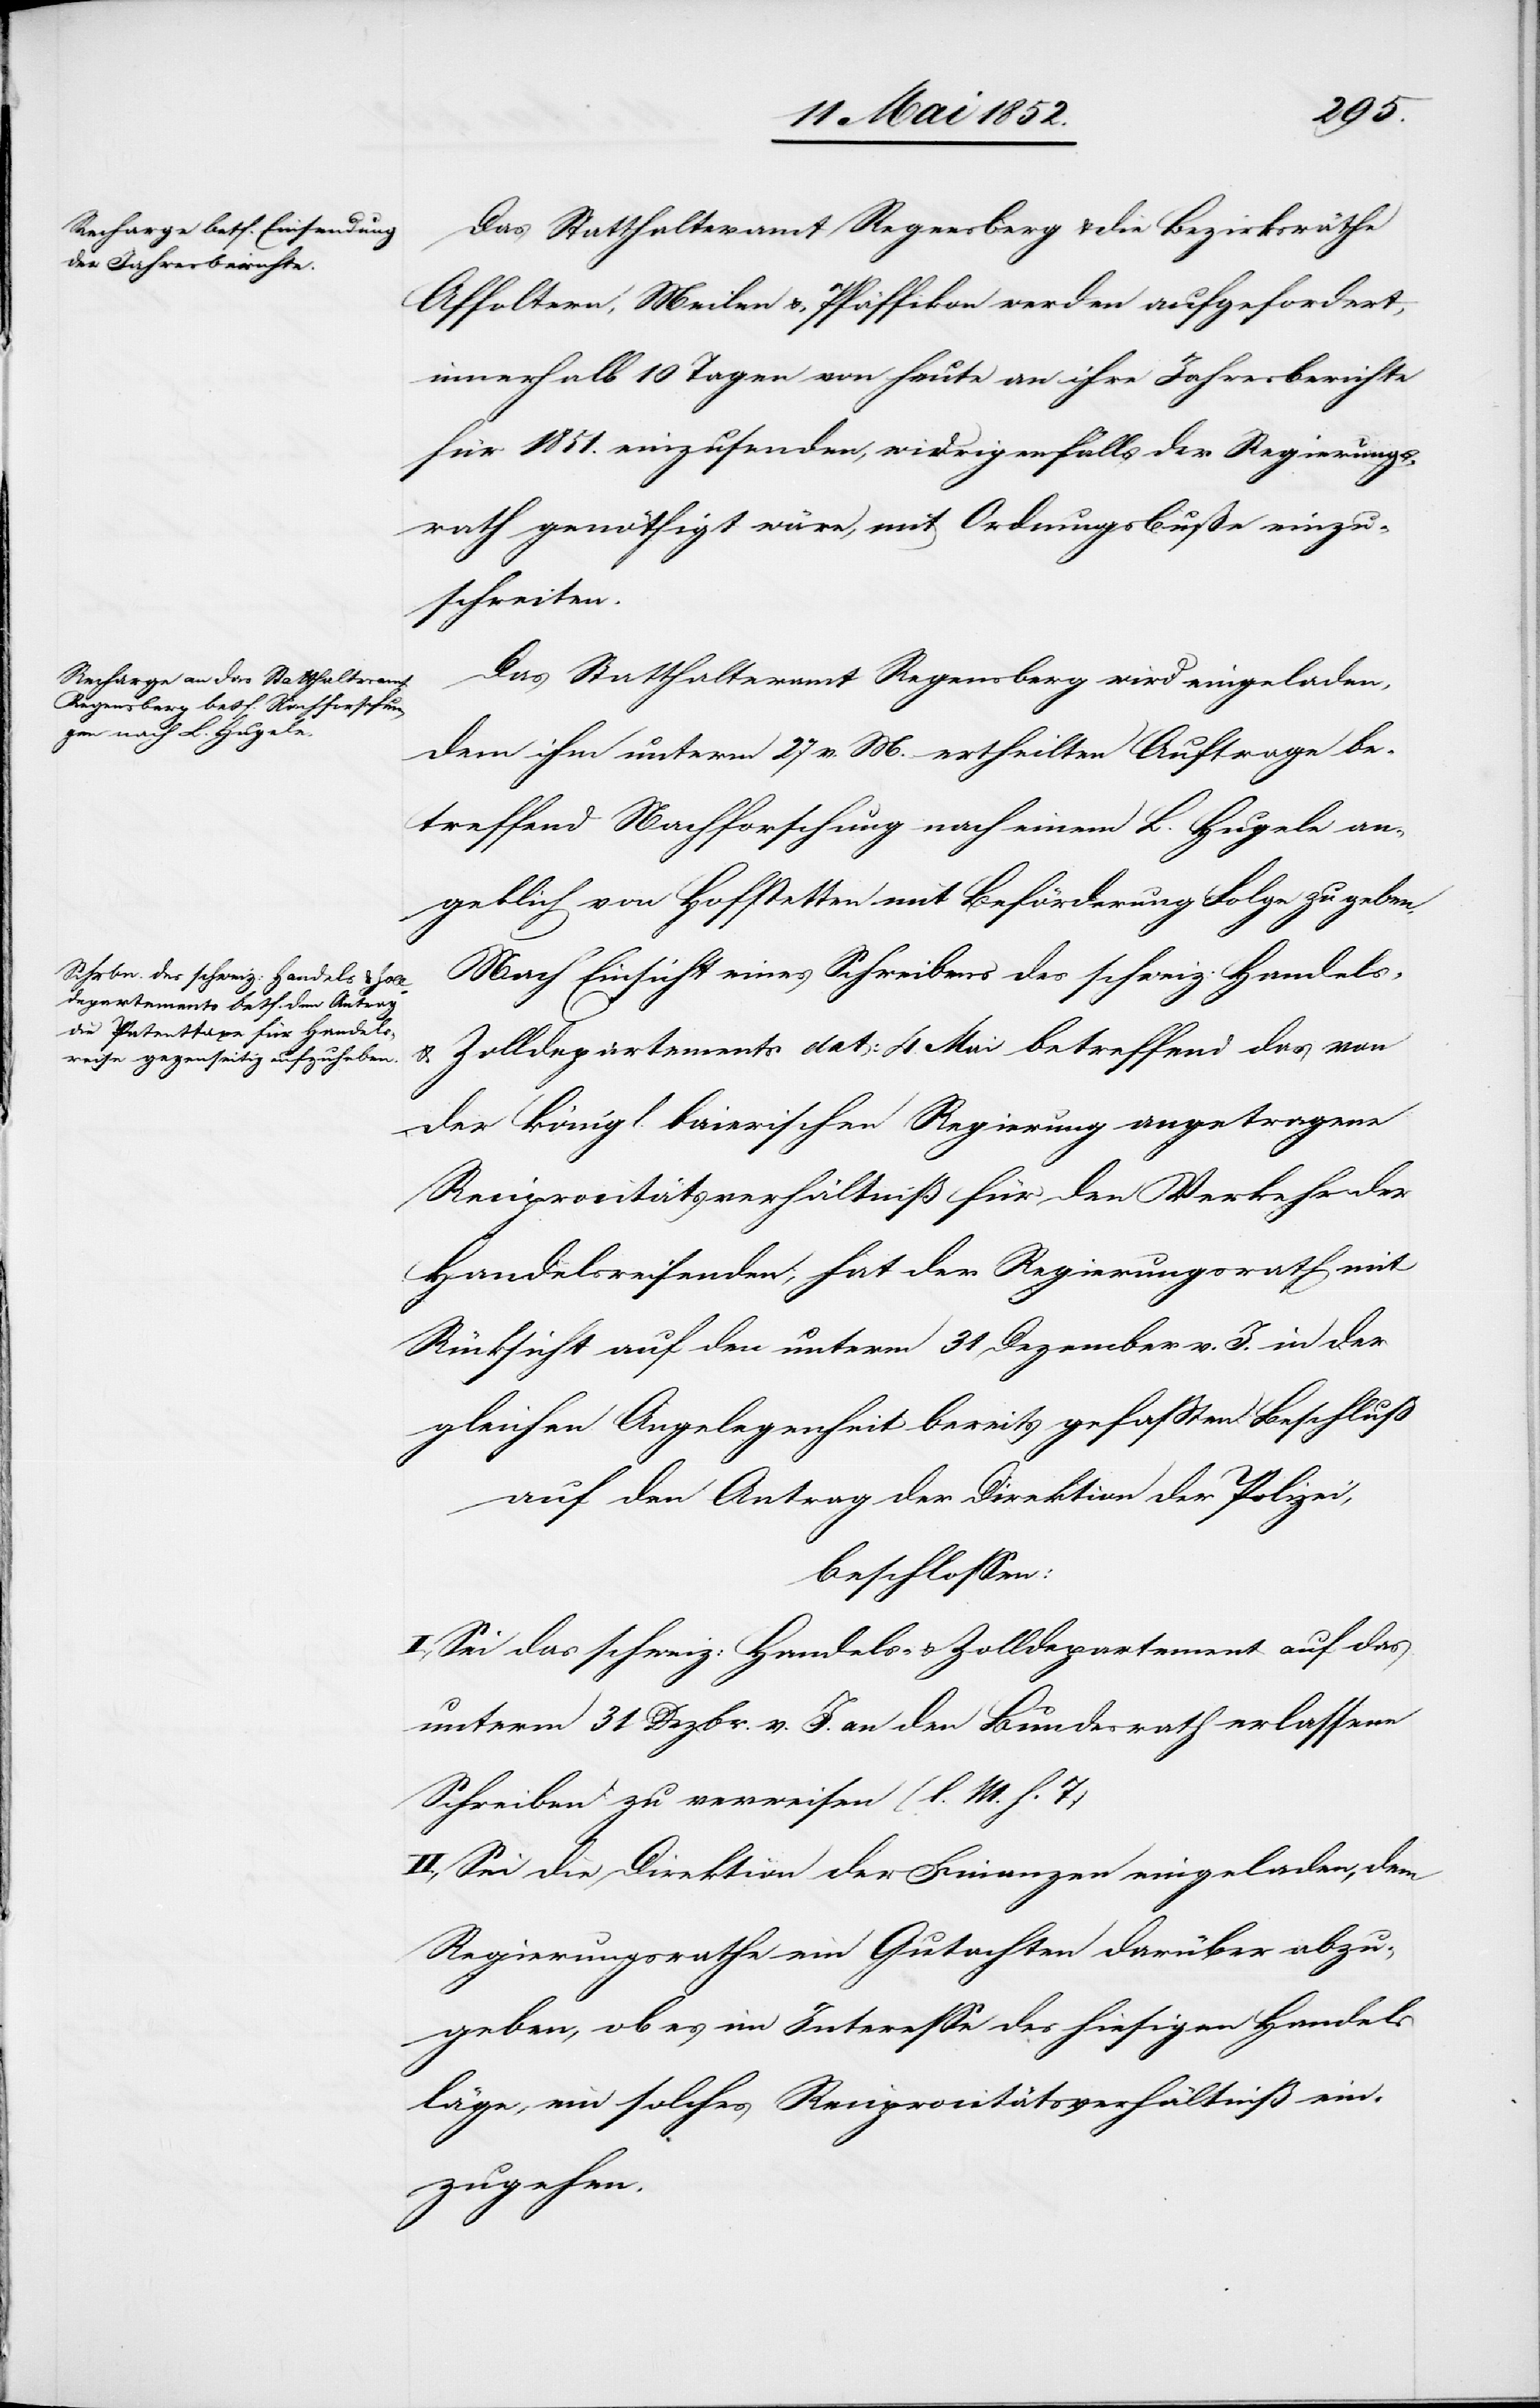
Das Statthalteramt Regensberg & die Bezirksräthe
Affoltern, Meilen & Pfäffikon werden aufgefordert,
innerhalb 10 Tagen von heute an ihre Jahresberichte
für 1851. einzusenden, widrigenfalls der Regierungs¬
rath genöthigt wäre, mit Ordnungsbusse einzu¬
schreiten.
Das Statthalteramt Regensberg wird eingeladen,
dem ihm unterm 27 v. M. ertheilten Auftrage be¬
treffend Nachforschung nach einem L. Hugele an¬
geblich von Hofstetten mit Beförderung Folge zu geben.
Nach Einsicht eines Schreibens des schweiz: Handels-
& Zolldepartements dat: 4. Mai betreffend das von
der königl. baierischen Regierung angetragene
Reciprocitätsverhältniß für den Verkehr der
Handelsreisenden, hat der Regierungsrath mit
Rücksicht auf den unterm 31 Dezember v. J. in der
gleichen Angelegenheit bereits gefassten Beschluß
auf den Antrag der Direktion der Polizei,
beschlossen:
I., Sei das schweiz: Handels- & Zolldepartement auf das
unterm 31 Dezbr. v. J. an den Bundesrath erlassene
Schreiben zu verweisen (l. M. h. T.)
II., Sei die Direktion der Finanzen eingeladen, dem
Regierungsrathe ein Gutachten darüber abzu¬
geben, ob es im Interesse des hiesigen Handels
läge, ein solches Reciprocitätsverhältniß ein¬
zugehen.